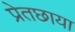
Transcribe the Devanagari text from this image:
प्रेतछाया